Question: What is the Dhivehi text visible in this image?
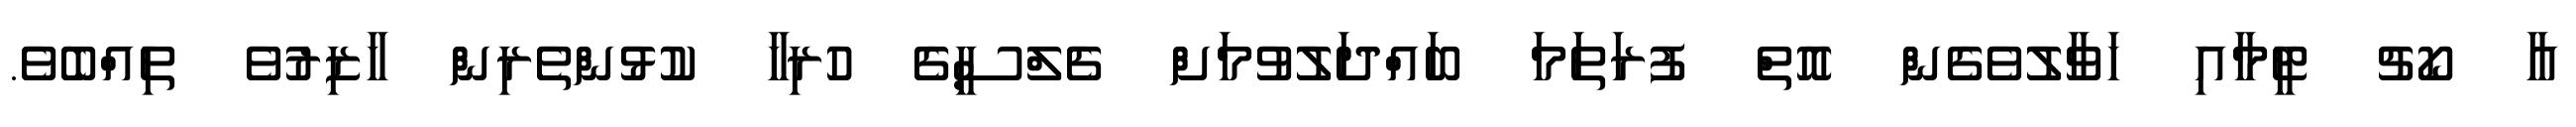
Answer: އާ ކޯޗު ޓީމާއި ހަވާލުވެގެން އޮތް ފުރަތަމަ ބައްދަލުވުމަށް ޗެލްސީގެ ހުރިހާ ކުޅުންތެރިން ހާޒިރުވެ ތިއްބެވެ.